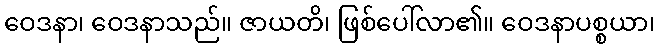
ဝေဒနာ၊ ဝေဒနာသည်။ ဇာယတိ၊ ဖြစ်ပေါ်လာ၏။ ဝေဒနာပစ္စယာ၊